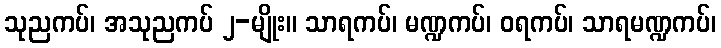
သုညကပ်၊ အသုညကပ် ၂-မျိုး။ သာရကပ်၊ မဏ္ဍကပ်၊ ဝရကပ်၊ သာရမဏ္ဍကပ်၊